Report on vaccination in the Province of Bengal - 1874-1889
Year: 1874
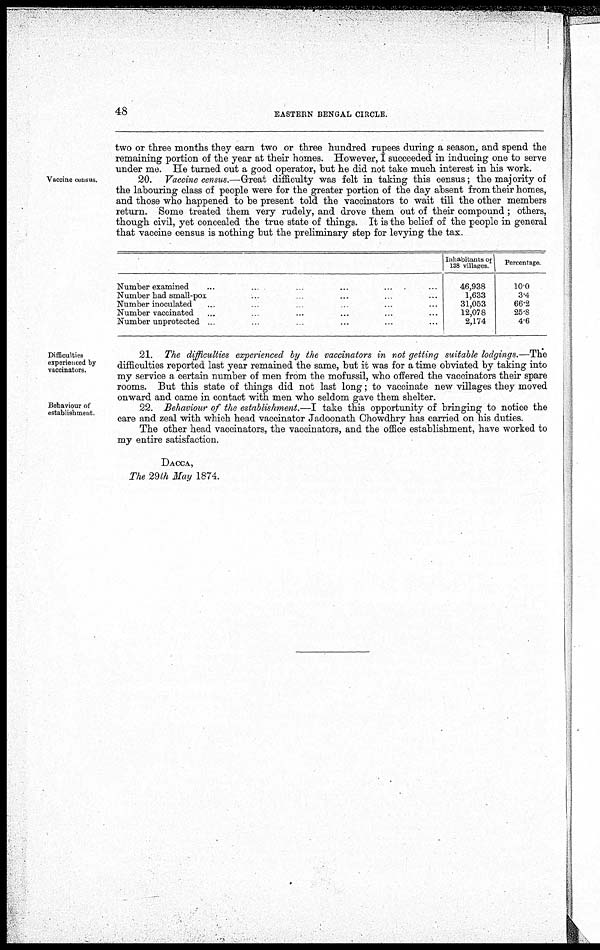
48
EASTERN BENGAL CIRCLE.
two or three months they earn two or three hundred rupees during a season, and spend the
remaining portion of the year at their homes. However, I succeeded in inducing one to serve
under me. He turned out a good operator, but he did not take much interest in his work.
Vaccine census.
20. Vaccine census.—Great difficulty was felt in taking this census; the majority of
the labouring class of people were for the greater portion of the day absent from their homes,
and those who happened to be present told the vaccinators to wait till the other members
return. Some treated them very rudely, and drove them out of their compound; others,
though civil, yet concealed the true state of things. It is the belief of the people in general
that vaccine census is nothing but the preliminary step for levying the tax.
Number examined... ... ... ... ... ...
Number had small-pox... ... ... ... ... ...
Number inoculated... ... ... ... ... ...
Number vaccinated... ... ... ... ... ...
Number unprotected ... ... ... ... ... ...
Inhabitants of
138 villages.
46,938
1,633
31,053
12,078
2,174
Percentage.
10.0
3.4
66.2
25.8
4.6
Difficulties
experienced by
vaccinators.
21. The difficulties experienced by the vaccinators in not getting suitable lodgings.—The
difficulties reported last year remained the same, but it was for a time obviated by taking into
my service a certain number of men from the mofussil, who offered the vaccinators their spare
rooms. But this state of things did not last long; to vaccinate new villages they moved
onward and came in contact with men who seldom gave them shelter.
Behaviour of
establishment.
22. Behaviour of the establishment.—I take this opportunity of bringing to notice the
care and zeal with which head vaccinator Jadoonath Chowdhry has carried on his duties.
The other head vaccinators, the vaccinators, and the office establishment, have worked to
my entire satisfaction.
DACCA,
The 29th May 1874.